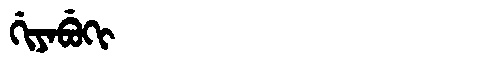
Manchu: ᡤᡳᠶᠠᠪᡠᡴᡳ
Romanization: GIYABUKI